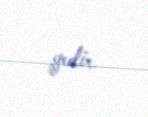
gedir.